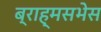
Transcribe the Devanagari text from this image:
ब्राह्मसभेस